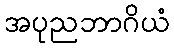
အပုညဘာဂိယံ